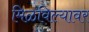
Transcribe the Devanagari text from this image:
मिळविल्यावर